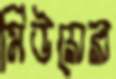
মিউয়ের